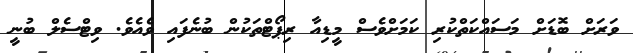
ވަރަށް ބޮޑަށް މަސައްކަތްކުރި ކަމަށްވެސް މީޑިއާ ރިޕޯޓްތަކުން ބުނެފައި ވެއެވެ. ވިޓްސެލް ބުނީ